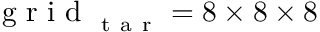
\mathrm { ~ g ~ r ~ i ~ d ~ } _ { \mathrm { ~ t ~ a ~ r ~ } } = 8 \times 8 \times 8